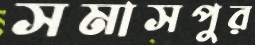
সমাসপুর